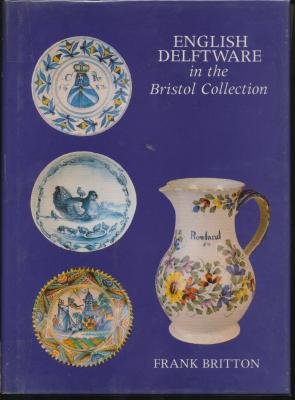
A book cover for English Delftware in the Bristol Collection; Arts & Photography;